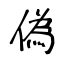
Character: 偽